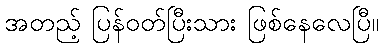
အတည့် ပြန်ဝတ်ပြီးသား ဖြစ်နေလေပြီ။